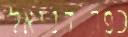
כפר דניאל